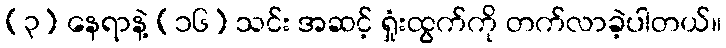
(၃) နေရာနဲ့ (၁၆) သင်း အဆင့် ရှုံးထွက်ကို တက်လာခဲ့ပါတယ်။